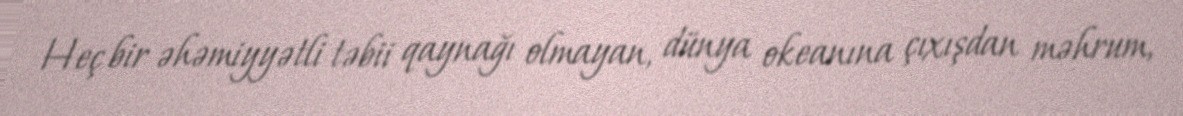
Heç bir əhəmiyyətli təbii qaynağı olmayan, dünya okeanına çıxışdan məhrum,